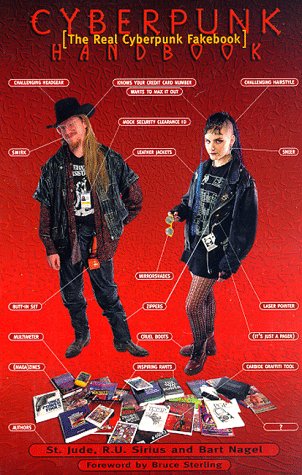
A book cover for Cyberpunk Handbook:: The Real Cyberpunk Fakebook; St. Jude; Humor & Entertainment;